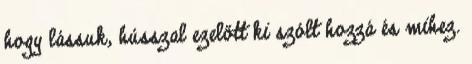
hogy lássuk, hússzal ezelőtt ki szólt hozzá és mihez.